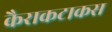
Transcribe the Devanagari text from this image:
कैराकटाकस